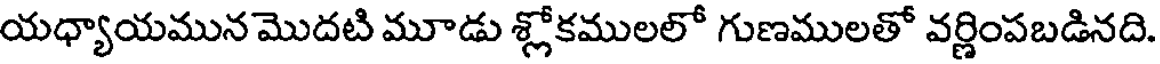
యధ్యాయమున మొదటి మూడు శ్లోకములలో గుణములతో వర్ణింపబడినది